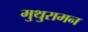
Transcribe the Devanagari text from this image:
मुथुरामन